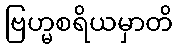
ဗြဟ္မစရိယမှာတိ